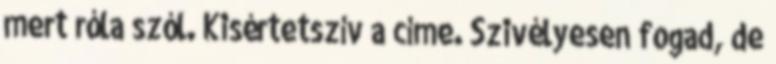
mert róla szól. Kisértetszív a címe. Szivélyesen fogad, de